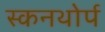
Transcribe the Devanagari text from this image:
स्कनथोर्प